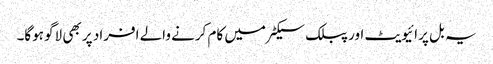
یہ بل پرائیویٹ اور پبلک سیکٹر میں کام کرنے والے افراد پر بھی لاگو ہوگا۔